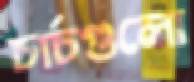
চার্চগুলো